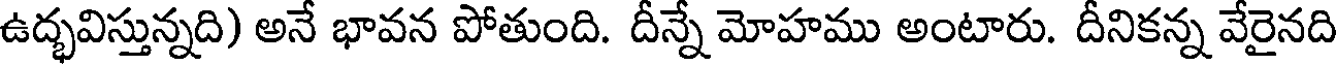
ఉద్భవిస్తున్నది) అనే భావన పోతుంది. దీన్నే మోహము అంటారు. దీనికన్న వేరైనది